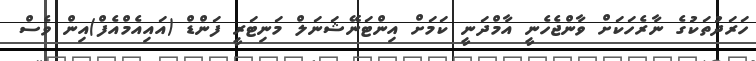
ހަރަދުތަކުގެ ނާރެހަކަށް ވާންޖެހެނީ އާމްދަނީ ކަމަށް އިންޓަނޭޝަނަލް މަނިޓަރީ ފަންޑް (އައިއެމްއެފް)އިން ވެސް